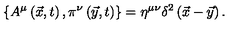
\left\{ A ^ { \mu } \left( \vec { x } , t \right) , \pi ^ { \nu } \left( \vec { y } , t \right) \right\} = \eta ^ { \mu \nu } \delta ^ { 2 } \left( \vec { x } - \vec { y } \right) .